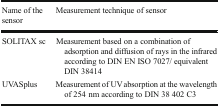
| Name of the sensor | Measurement technique of sensor |
 | --- | --- |
 | SOLITAX sc | Measurement based on a combination of adsorption and diffusion of rays in the infrared according to DIN EN ISO 7027/ equivalent DIN 38414 |
 | UVASplus | Measurement of UV absorption at the wavelength of 254 nm according to DIN 38 402 C3 |